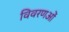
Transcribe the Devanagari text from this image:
विवरणओं